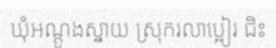
ឃុំអណ្តូងស្នាយ ស្រុករលាប្អៀរ ជិះ